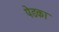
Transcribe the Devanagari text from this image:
पेडका